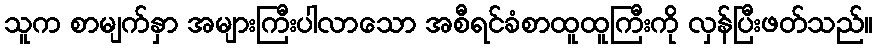
သူက စာမျက်နှာ အများကြီးပါလာသော အစီရင်ခံစာထူထူကြီးကို လှန်ပြီးဖတ်သည်။